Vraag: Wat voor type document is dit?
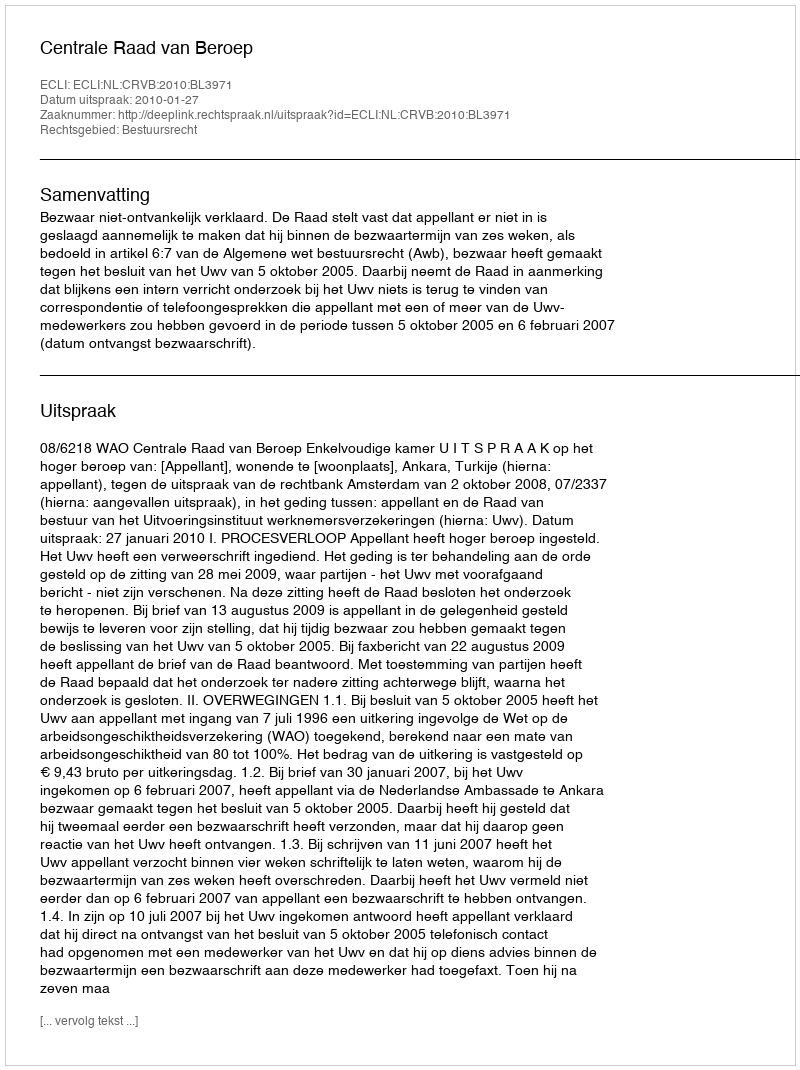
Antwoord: Uitspraak